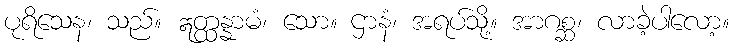
ပုရိသေန၊ သည်။ ဣတ္ထန္နာမံ၊ သော။ ဌာနံ၊ အရပ်သို့။ အာဂစ္ဆ၊ လာခဲ့ပါလော့။